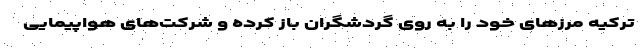
ترکیه مرزهای خود را به روی گردشگران باز کرده و شرکت‌های هواپیمایی